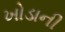
ખોડાની